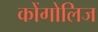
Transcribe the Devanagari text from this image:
कोंगोलिज